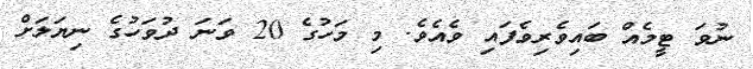
ނުވަ ޓީމެއް ބައިވެރިވެފައި ވެއެވެ. މި މަހުގެ 20 ވަނަ ދުވަހުގެ ނިޔަލަށް